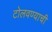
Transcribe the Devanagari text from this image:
टोलवण्याची